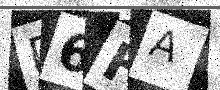
Text: D6FA